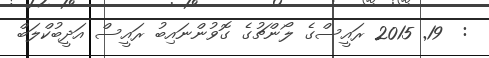
:  19